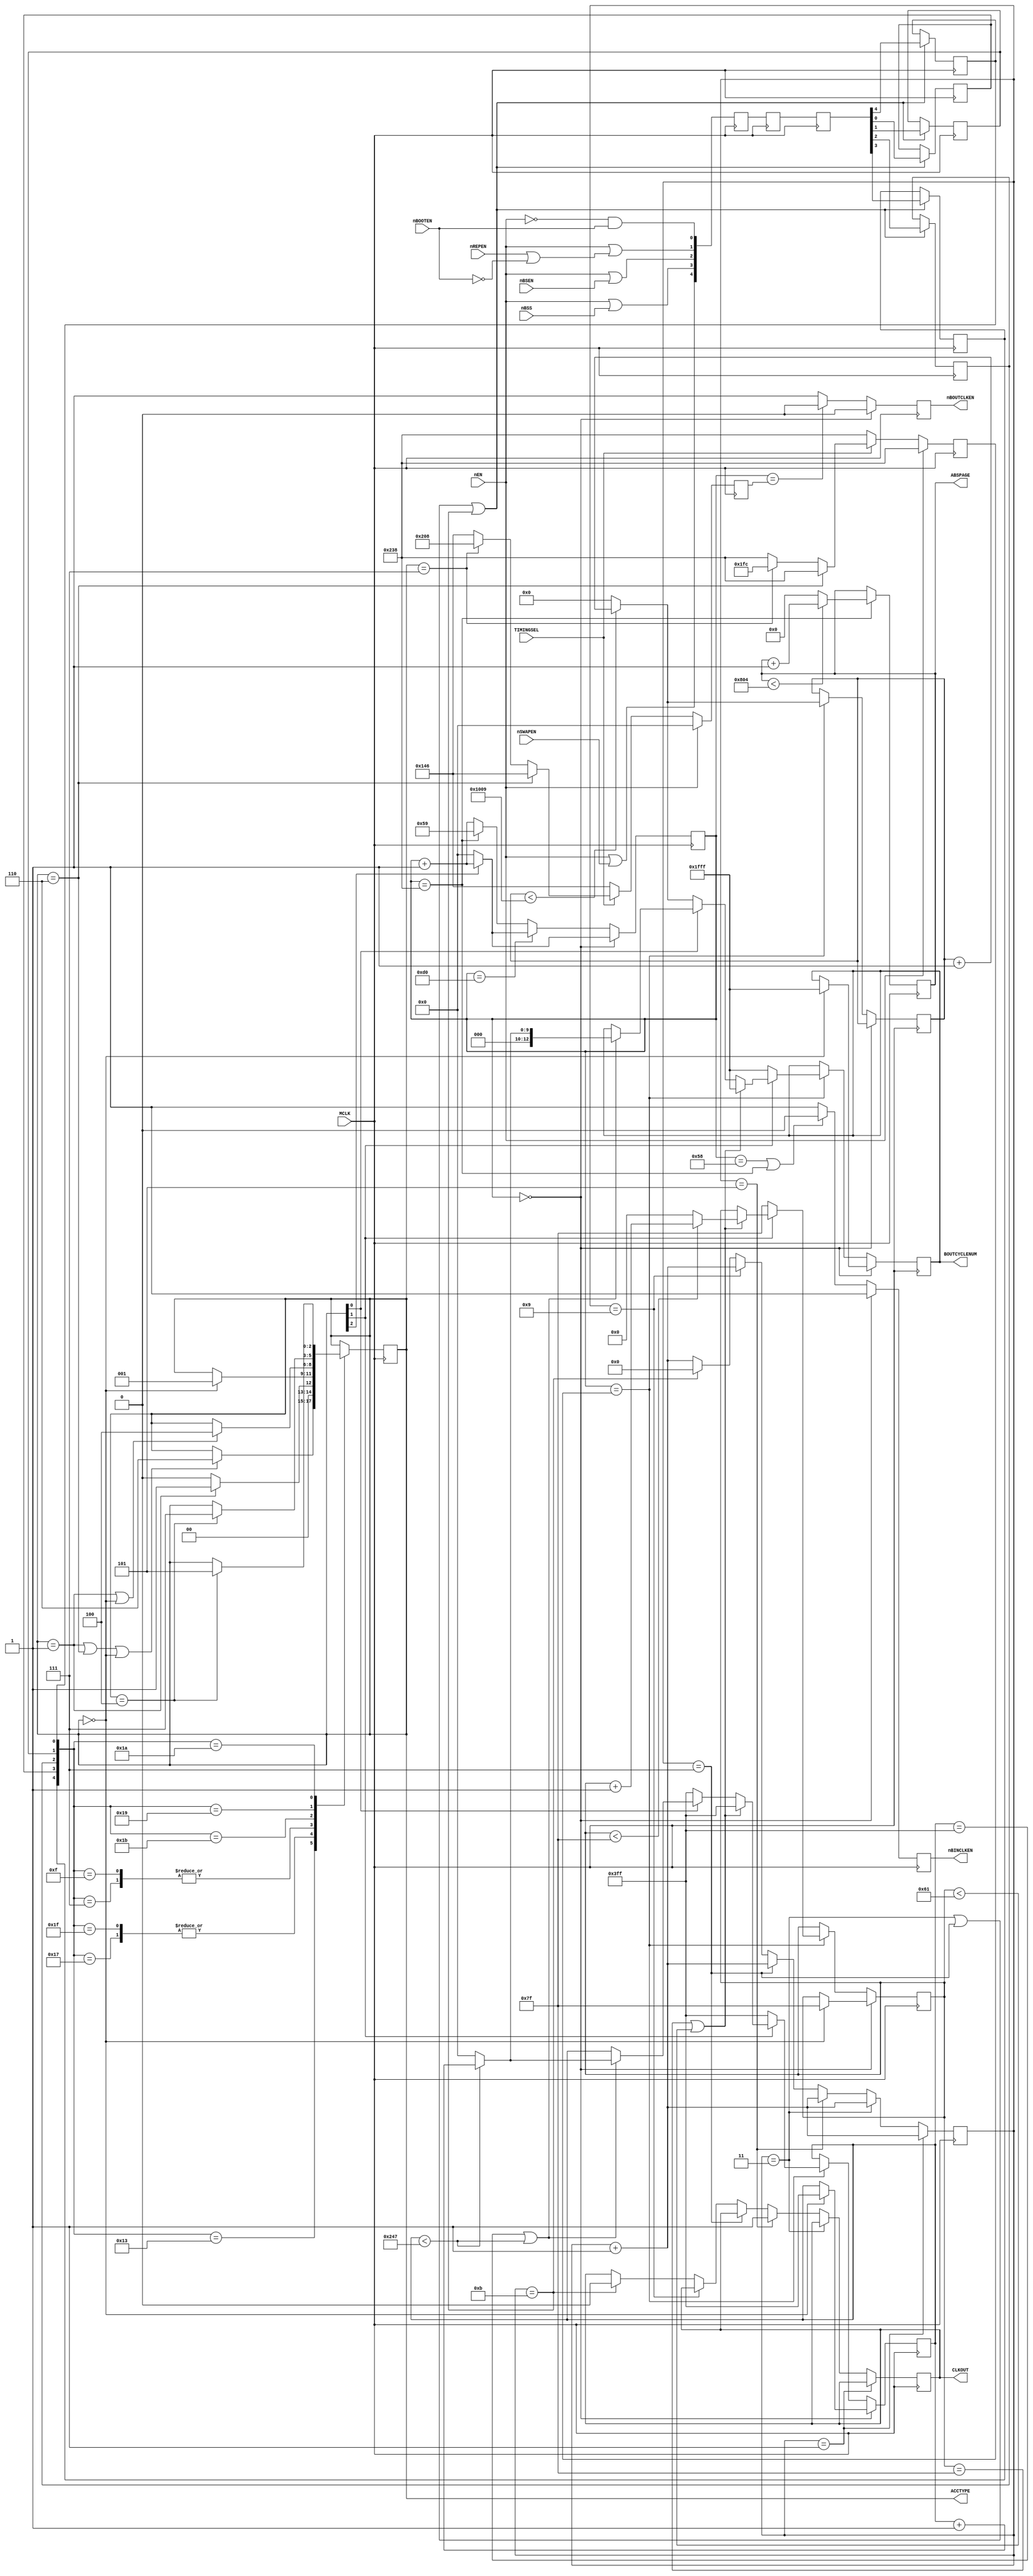
/*
    Copyright (C) 2022 Sehyeon Kim(Raki)
    
    This program is free software; you can redistribute it and/or
    modify it under the terms of the GNU General Public License
    as published by the Free Software Foundation; either version 2
    of the License, or any later version.
    
    This program is distributed in the hope that it will be useful,
    but WITHOUT ANY WARRANTY; without even the implied warranty of
    MERCHANTABILITY or FITNESS FOR A PARTICULAR PURPOSE. See the
    GNU General Public License for more details.
    
    You should have received a copy of the GNU General Public License
    along with this program; if not, write to the Free Software
    Foundation, Inc., 51 Franklin Street, Fifth Floor, Boston, MA 02110-1301, USA.
*/

module TimingGenerator
/*
    BubbleDrive8_emucore > modules > TimingGenerator.v

    Copyright (C) 2020-2021, Raki

    TimingGenerator provides all timing signals related to 
    the bubble memory side. This module uses 48MHz as master clock, 
    x4 of the original function timing generator(FTG) MB14506.
    Thereby BubbleDrive8 can manage all bubble logic without using 
    a PLL block. 


    * more details of signals below can be found on bubsys85.net *

    CLKOUT: 
        4MHz clock for the bubble memory controller: maybe an MCU uses this
    nBSS: Bubble Shift Start
        a pulse to notify a start of access cycle
    nBSEN: Bubble Shift ENable
        magnetic field rotates when this signal goes low
    nREPEN: REPlicator ENable
        FTG use this signal to replicate a bubble 
    nBOOTEN: BOOTloop ENable
        controller can access two bootloops by driving this signal low
    nSWAPEN: SWAP gate ENable
        FTG use this signal to write a page to a bubble memory

    nEN: module enable signal
    ACCTYPE: bubble access mode type
    BOUTCYCLENUM: bubble output cycle number: counts serial bits
    nBINCLKEN: emulator samples bubble data for page write when this goes low
    nBOUTCLKEN: emulator launches bubble data when this goes low
    nNOBUBBLE: emulator launches 1(no bubble)

    ABSPAGE: bubble memory's absolute position number


    * For my convenience, many comments are written in Korean *
*/

(
    //48MHz input clock
    input   wire            MCLK,   

    //4MHz output clock
    output  reg             CLKOUT = 1'b1,

    //Input control
    input   wire            nEN,
    input   wire            TIMINGSEL,

    //Bubble control signal inputs
    input   wire            nBSS,
    input   wire            nBSEN,
    input   wire            nREPEN,
    input   wire            nBOOTEN,
    input   wire            nSWAPEN,
    
    //Emulator signal outputs
    output  wire    [2:0]   ACCTYPE,
    output  reg     [12:0]  BOUTCYCLENUM,
    output  reg             nBINCLKEN = 1'b1,
    output  reg             nBOUTCLKEN = 1'b0,

    output  wire    [11:0]  ABSPAGE
);

localparam      INITIAL_ABS_PAGE = 12'd1968; //0-2052
reg             __REF_nBOUTCLKEN_ORIG = 1'b0;
reg             __REF_CLK12M = 1'b0;


/*
    GLOBAL NET/REGS
*/
reg             nBSS_intl;
reg             nBSEN_intl;
reg             nREPEN_intl;
reg             nBOOTEN_intl;
reg             nSWAPEN_intl;



/*
    CLOCK DIVIDER
*/

/*
                                                         1 1 1 1 1 1 1 1 1 1 2 2 2 2
                                     0 1 2 3 4 5 6 7 8 9 0 1 2 3 4 5 6 7 8 9 0 1 2 3 0 1 2 3 4 ...
                                                                             1   1 
                                     0   1   2   3   4   5   6   7   8   9   0   1   0
    48MHz             |_||_||_||_||_||_||_||_||_||_||_||_||_||_||_||_||_||_||_||_||_||_||_||_||_||_||_||_|
    12MHz             _______||_______||_______||_______||_______||_______||_______||
    4MHz              |_______________________||_______________________||

    BMC signals       |_______________________________________________|
                                           |---------> sampled


    synchronization                                  |---|           |---|
    determine current access state                       |---|           |---|
    MCLK counting                                            |---------------|----------------->

    This block generates 12MHz ref clk, and 4MHz BMC clock. BMC always launches
    its signal at a "falling edge" of 4MHz. I don't know if it's synchronized
    to 4MHz or if they added a simple buffer delay. Anyway, all control signals
    arrives at a negative edge of the departing 4MHz.
    MB14506 starts to rotate magnetic field 23*12Mclk(about 83.33ns*23) later 
    just after nBSEN is sampled.
*/

reg     [4:0]   counter12 = 4'd0;


always @(posedge MCLK)
begin
    if(counter12 == 4'd1)
    begin
        __REF_CLK12M <= 1'b1;
        counter12 <= counter12 + 4'd1;
    end
    else if(counter12 == 4'd3)
    begin
        __REF_CLK12M <= 1'b0;
        counter12 <= counter12 + 4'd1;
    end
    else if(counter12 == 4'd5)
    begin
        __REF_CLK12M <= 1'b1;
        CLKOUT <= 1'b1;
        counter12 <= counter12 + 4'd1;
    end
    else if(counter12 == 4'd7)
    begin
        __REF_CLK12M <= 1'b0;
        counter12 <= counter12 + 4'd1;
    end
    else if(counter12 == 4'd9)
    begin
        __REF_CLK12M <= 1'b1;
        counter12 <= counter12 + 4'd1;
    end
    else if(counter12 == 4'd11)
    begin
        __REF_CLK12M <= 1'b0;
        CLKOUT <= 1'b0;
        counter12 <= 4'd0;
    end
    else
    begin
        counter12 <= counter12 + 4'd1;
    end
end



/*
    BUFFER CHAIN
*/
reg     [4:0]   step1 = 5'b11110;
reg     [4:0]   step2 = 5'b11110;
reg     [4:0]   step3 = 5'b11110;

always @(negedge MCLK)
begin
    step1[4] <= nEN | nSWAPEN;
    step1[3] <= nEN | nBSS;
    step1[2] <= nEN | nBSEN;
    step1[1] <= nEN | (nREPEN | ~nBOOTEN);
    step1[0] <= ~nEN & nBOOTEN;

    step2 <= step1;
    step3 <= step2;
end



/*
    SYNCHRONIZER
*/
always @(posedge MCLK)
begin
    if(counter12 == 4'd3 || counter12 == 4'd7 || counter12 == 4'd11)
    begin
        nSWAPEN_intl    <= step3[4];
        nBSS_intl       <= step3[3];
        nBSEN_intl      <= step3[2]; 
        nREPEN_intl     <= step3[1];
        nBOOTEN_intl    <= step3[0];
    end
end


/*
    ACCESS TYPE STATE MACHINE
*/

/*
    nREPEN            |_||_||_||_||_||_||_||_||_||_|

    nBSS_intl         |_||_||_|
    nBOOTEN_intl      ______________________________________________|
    nBSEN_intl        |____________________________________||__________________________||__________________________|
    nREPEN_intl       |_|
    nSWAPEN_intl      |_|
                              |----(bootloader load out enable)----|             |(page load out enable)|                          |(swap)|
    ----->TIME        A    |B |C                                   |A     |B |E  |D(HOLD)               |A  |B |E                  |F     |A
*/

//[magnetic field activation/data transfer/mode]
localparam RST = 3'b000;    //A
localparam STBY = 3'b001;   //B
localparam BOOT = 3'b110;   //C
localparam USER = 3'b111;   //D
localparam IDLE = 3'b100;   //E
localparam SWAP = 3'b101;   //F

reg     [2:0]   access_type = RST;
assign ACCTYPE = access_type;

always @(posedge MCLK)
begin
    case ({nBSS_intl, nBOOTEN_intl, nBSEN_intl, nREPEN_intl, nSWAPEN_intl})
        5'b10111: //    ,        
        begin
            if(access_type == STBY)
            begin
                access_type <= STBY;
            end
            else
            begin
                access_type <= RST;
            end
        end

        5'b00111: // 
        begin
            if(access_type == RST)
            begin
                access_type <= STBY;
            end
            else
            begin
                access_type <= access_type;
            end
        end

        5'b10011: //  
        begin
            if(access_type == STBY || access_type == BOOT || access_type == RST)
            begin
                access_type <= BOOT;
            end
            else
            begin
                access_type <= access_type;
            end
        end

        5'b11111: //   
        begin
            if(access_type == STBY)
            begin
                access_type <= STBY;
            end
            else
            begin
                access_type <= RST;
            end
        end

        5'b01111: // 
        begin
            if(access_type == RST)
            begin
                access_type <= STBY;
            end
            else
            begin
                access_type <= access_type;
            end
        end

        5'b11011: // seek,    (   )
        begin
            if(access_type == STBY || access_type == RST)
            begin
                access_type <= IDLE;
            end
            else
            begin
                access_type <= access_type;
            end
        end

        5'b11001: //   
        begin
            if(access_type == IDLE)
            begin
                access_type <= USER;
            end
            else
            begin
                access_type <= access_type;
            end
        end

        5'b11010: //   
        begin
            if(access_type == IDLE)
            begin
                access_type <= SWAP;
            end
            else
            begin
                access_type <= access_type;
            end
        end

        default:
        begin
            access_type <= access_type;
        end
    endcase
end



/*
    BUBBLE CYCLE STATE MACHINE
*/

/*
        +Y 568
-X 208           +X 448
        -Y 328
*/

//12MHz 1 bubble cycle = 120clks
//48MHz 1 bubble cycle = 480clks
//12MHz 1.5   ,  BMC 38ns   1  
//1.5   22   -X  

reg     [9:0]   MCLK_counter = 10'd0; //    1  0!!

//master clock counters
always @(posedge MCLK)
begin
    //
    if(MCLK_counter == 10'd0)
    begin
        if(access_type[2] == 1'b0)
        begin
            MCLK_counter <= 10'd0;
        end
        else
        begin
            MCLK_counter <= MCLK_counter + 10'd1;
        end
    end

    //53 pos half disk -X 
    else if(MCLK_counter == 10'd208)
    begin
        if(access_type[2] == 1'b0) //-X  
        begin
            MCLK_counter <= 10'd0; // 
        end
        else
        begin
            MCLK_counter <= MCLK_counter + 10'd1;
        end
    end

    //143 pos half disk +Y 
    else if(MCLK_counter == 10'd568) 
    begin
       MCLK_counter <= 10'd89; 
    end

    else
    begin
        MCLK_counter <= MCLK_counter + 10'd1;
    end
end

/*

    //////////////////////////////////////////////////////
    ////    INTERNAL ORGANIZATION OF FBM54DB


        -1
    ----O---- DETECTOR 1
     \  |0 /   <------------ bubble output signal latched here(magnetic field -Y) by MB3908 sense amplifier; stretcher patterns exist here
      --O--   DETECTOR 0
        |                                                                                propagation direction
        |1    2         95    96    97    98    99    100   101               680   681
        O-----O   ...   O-----O-----O-----O-----O-----O-----O--             --O-----O
                                                                               
                            __^__ __^__ __^__ __^__ __^__ __^__             __^__ __^__  <-- "block" replicators; replicators for two bootloops
                           |   | |   | |   | |   | |   | |   |             |   | |   |       can be operated independantly from page replicators
                            |   | |   | |   | |   | |   | |   |             |   | |   | 
                           | L | | L | | L | | L | | L | | L |             | L | | L | 
                            | O | | O | | O | | O | | O | | O |             | O | | O | 
                          | O | | O | | O | | O | | O | | O |    .....    | O | | O |  <-- each loop can hold 2053 magnetic bubbles
                          | P | | P | | P | | P | | P | | P |             | P | | P | 
        EXTERNAL         |B 0| |B 1| |  0| |  1| |  2| |  3|             |582| |583| 
        | MAGNETIC          |   | |   | |   | |   | |   | |   |             |   | |   | 
          FIELD             ~   ~ ~   ~ ~   ~ ~   ~ ~   ~ ~   ~             ~   ~ ~O N~ 
                            |   | |   | |   | |   | |   | |   |             |   | |L E| 
                            |   | |   | |   | |   | |   | |   |             |   | |D W| 
                            ^ ^ ^ ^ ^ ^             ^ ^  <-- swap gate swaps an old bubble with a new bubble at the same time: -Y
                             / \   / \   / \   / \   / \   / \               / \   / \                    2     1
            O-- .... ---O---/-O-\-/-O-\-/-O-\-/-O-\-/-O-\-/-O-\-            /-O-\-/-O-\---O-----O   ...   O-----O
            |                 626   625   624   623   622   621               42    41    40    39              |
             discarded                                                                              __________^_0________
                                                                                 -Y position          | G E N E R A T O R | <-- generates a bubble at +Y

    SEE JAPANESE PATENT:
    JPA 1992074376-000000 /  4-74376  ;contains replicator/swap gate diagram
    JPA 1989220199-000000 /  1-220199 ;explains bubble write procedure

    !!!! IMPORTANT NOTE !!!!
    Note that FBM54DB is organized with EVEN HALF and ODD HALF. The EVEN HALF
    has 1 even bootloop + 292 even minor loops and the ODD HALF has the same
    but they are odd numbered loops. Due to the physical width of minor loop,
    there is one position between a position and a position on read/write
    track. That is, there is one bubble for every two positions, like a diagram
    below:

            P   P   P   P   P   P   P   P
    ODD     O---*---O---*---O---*---O---*
            bubble  bubble  bubble  bubble

            P   P   P   P   P   P   P   P
    EVEN    *---O---*---O---*---O---*---O
                bubble  bubble  bubble  bubble

    Bubble moves one position every 10us, so in this case, 1 bit of data is
    transferred every 20us. Developers wanted to speed things up. So, they
    made another half that can be "interleaved". FBM54DB has two detectors
    and two MB3908 sense amplifiers. Each SA launches data 50kbps anyway 
    but its open collector(negative logic) outputs are interleaved outside,
    therefore the user can get 100kbps data. The BMC inverts negative logic
    data internally.

    I merged the EVEN HALF and the ODD HALF in the diagaram above, for my
    convenience. Therefore the diagram that represents the real organization
    will be like this:

    ODD HALF :

        -1
    ----O---- DETECTOR 1
     \  |0 /
      --O--   DETECTOR 0
        |                                                                                propagation direction
        |1    2         95    96    97    98    99    100   101               680   681
        O-----O   ...   O-----O-----O-----O-----O-----O-----O--             --O-----O
                                                                                   
                                  __^__       __^__       __^__                   __^__
                                  |   |       |   |       |   |                   |   |
                                  |   |       |   |       |   |                   |   | 
                                  | L |       | L |       | L |                   | L | 
                                  | O |       | O |       | O |                   | O | 
                                 | O |       | O |       | O |    .....          | O |
                                | P |       | P |       | P |                   | P | 
        EXTERNAL                |B 1|       |  1|       |  3|                   |583| 
        | MAGNETIC                |   |       |   |       |   |                   |   | 
          FIELD                   ~   ~       ~   ~       ~   ~                   ~O N~ 
                                  |   |       |   |       |   |                   |L E| 
                                  |   |       |   |       |   |                   |D W| 
                                  ^       ^       ^                   ^ 
                                   / \         / \         / \                     / \                    2     1
            O-- .... ---O-----O---/-O-\---O---/-O-\---O---/-O-\-            --O---/-O-\---O-----O   ...   O-----O
            |                 626   625   624   623   622   621               42    41    40    39              |
             discarded                                                                              __________^_0________
                                                                                  -Y position         | G E N E R A T O R |

    EVEN HALF :

        -1
    ----O---- DETECTOR 1
     \  |0 /
      --O--   DETECTOR 0
        |                                                                                propagation direction
        |1    2         95    96    97    98    99    100   101               680   681
        O-----O   ...   O-----O-----O-----O-----O-----O-----O--             --O-----O
                                                                             
                            __^__       __^__       __^__                   __^__
                            |   |       |   |       |   |                   |   |
                            |   |       |   |       |   |                   |   |
                            | L |       | L |       | L |                   | L |
                            | O |       | O |       | O |                   | O |
                           | O |       | O |       | O |          .....    | O |
                          | P |       | P |       | P |                   | P | 
        EXTERNAL          |B 0|       |  0|       |  2|                   |582|
        | MAGNETIC          |   |       |   |       |   |                   |   |
          FIELD             ~   ~       ~   ~       ~   ~                   ~   ~
                            |   |       |   |       |   |                   |   |
                            |   |       |   |       |   |                   |   |
                            ^       ^       ^                   ^
                             / \         / \         / \                     / \                          2     1
            O-- .... ---O---/-O-\---O---/-O-\---O---/-O-\---O---          --/-O-\---O-----O-----O   ...   O-----O
            |                 626   625   624   623   622   621               42    41    40    39              |
             discarded                                                                             __________^_0________
                                                                                 -Y position         | G E N E R A T O R |


    //////////////////////////////////////////////////////
    ////    EXACT MINOR LOOP POSITION OF FBM54DB

    A good minor loop in FBM54DB can hold 2053 magnetic bubbles. This means
    that the total count of positions is 2053. Early bubble memories had put 
    a bubble every two positions to prevent bubble-bubble interaction, but
    FBM54DB doesn't require such action. In the diagram, it appears to be 
    the swap gate and the replicator exist in symmetrical positions, 
    but actually, it's not. 

                        1   0   2052
                ____  __O___O___O__
                |  |  |           |
                |  |  |           O 2051
                |  |  |           |
                |  |  |           O 2050
                |  |  |           |
                |  |  |           O 2049
                |  |  |           |
                |             O 2048
    same loops  ~~   partially   ~~~
    continue    ~~   magnified   ~~~
                |  ____           O 1541
                |  |  |           | 
          912+0 O  |  O           O 1540
                |  |  |    LOOP   | 
             +1 O  |  O    #584   O 1539    
                |  |  |           | 
             +2 O  |  O           O 1538
                |  |  |    +624   | 
                  OOO 
                    +623 /     \ +625
                  42    /   41  \     40        39
                --O--------O--------O---------O
                    bubble    bubble   
                    goes OUT  goes IN 
                    on this   on this  
                    position  position 
                    at -Y     at -Y

    To increase loop capacity and density of each half, Fujitsu lengthened
    minor loops about twice. I assume they are shaped like "H".

    Replicator is on absolute position 0
    Swap gate is on absolute position 1536
*/

/*
    ABSOLUTE POSITION COUNTER
*/

reg     [11:0]  absolute_page_number = INITIAL_ABS_PAGE;
assign  ABSPAGE = absolute_page_number;

always @(posedge MCLK)
begin
    //143 pos half disk +Y 
    if(MCLK_counter == 10'd568) 
    begin
        if(absolute_page_number < 12'd2052)
        begin
            absolute_page_number <= absolute_page_number + 12'd1;
        end
        else
        begin
            absolute_page_number <= 12'd0;
        end
    end
    //+Y   
    else
    begin
        absolute_page_number <= absolute_page_number;
    end
end




/*
    TIMING CONSTANTS
*/

/*
        +Y 568
-X 208           +X 448
        -Y 328
*/

/*
    An MB3908 has two DFF with /Q OC output, and triggered on every positive
    edge of BOUTCLK from MB14506 timing generator. For example, the waveform
    below is showing a transfer of "6C 36 B1" 

                0us     0       0       0       0       0       0       0       0       0       0       0
    BOUTCLK     ||_____||_____||_____||_____||_____||_____||_____||_____||_____||_____||_____||_____
    D1          |_______________||_______||_______________________|
    D0          ________||_______||_______________||_______||_______
    bootloop          ^       ^       ^       ^       ^       ^       ^       ^       ^       ^       ^       ^
                   +7~8us
    user page     ^       ^       ^       ^       ^       ^       ^       ^       ^       ^       ^       ^     
               +0~1us

    Konami's BMC has different sampling timings for bootloop and user page, 
    respectively. I don't know how the unknown MCU inside the BMC 
    samples(or latches) data. I assume that MCU gets data from memory-mapped
    register once per bit, but there are several possibilities that the MCU
    gets several times, triggers flip-flops to sample data, or enables a kind
    of transparent latch for quite a long time.

    My friend Maki sent me a Bubble System PCB which has a deteriorated LS244.
    Total three LS244 are used as bubble memory control signal buffers, and 
    its propagation delay is often prolonged due to aging or the output 
    goes weak. Finally, it often became insufficient to drive a fairly long
    transmission line.

    Anyway, to prevent this missampling, bubble data should be launched 0-1us
    earlier when reading the bootloop, and 5-6us earlier when reading user
    pages.
*/

reg     [9:0]   OUTBUFFER_CLKEN_TIMING = 10'd0;
reg     [9:0]   CYCLECOUNTER_TIMING = 10'd568;

always @(posedge MCLK)
begin
    if(nEN == 1'b1)
    begin
        OUTBUFFER_CLKEN_TIMING <= 10'd0;
        CYCLECOUNTER_TIMING <= 10'd568;
    end
    else
    begin
        if(TIMINGSEL == 1'b0)
        begin
            OUTBUFFER_CLKEN_TIMING <= 10'd328 - 10'd2; //  - 20ns
            CYCLECOUNTER_TIMING <= 10'd568; // 
        end
        else
        begin
            if(access_type == BOOT)
            begin
                OUTBUFFER_CLKEN_TIMING <= 10'd328 - 10'd2; //  - 20ns
                CYCLECOUNTER_TIMING <= 10'd568; // 
            end
            else if(access_type == USER)
            begin
                OUTBUFFER_CLKEN_TIMING <= 10'd568 - 10'd48; //  - 6us
                CYCLECOUNTER_TIMING <= 10'd568 - 10'd60;  //  2.5us  
            end
            else
            begin
                OUTBUFFER_CLKEN_TIMING <= 10'd328 - 10'd2; //  - 20ns
                CYCLECOUNTER_TIMING <= 10'd568; // 
            end
        end
    end
end



/*
    CYCLE COUNTER
*/

reg     [6:0]   bout_propagation_delay_counter = 7'd127; //98
reg     [9:0]   bout_page_cycle_counter = 10'd1023; //584
reg     [12:0]  bout_bootloop_cycle_counter = {1'b0, INITIAL_ABS_PAGE}; //4106

//assign BOUTCYCLENUM = bout_page_cycle_counter[14:2];

always @(posedge MCLK)
begin
    //
    if(MCLK_counter == 10'd0)
    begin
        if(access_type == RST) // 
        begin
            BOUTCYCLENUM <= 13'd8191;

            bout_propagation_delay_counter <= 7'd127;

            bout_page_cycle_counter <= 10'd1023;

            bout_bootloop_cycle_counter <= bout_bootloop_cycle_counter;
        end
        else //    
        begin
            BOUTCYCLENUM <= BOUTCYCLENUM;

            bout_propagation_delay_counter <= bout_propagation_delay_counter;

            bout_page_cycle_counter <= bout_page_cycle_counter;

            bout_bootloop_cycle_counter <= bout_bootloop_cycle_counter;
        end
    end

    //+Y  
    else if(MCLK_counter == CYCLECOUNTER_TIMING) //magnetic field rotation activated
    begin
        if(access_type[1] == 1'b0) //IDLE  SWAP:    
        begin
            //empty propagation line
            BOUTCYCLENUM <= 13'd8191;

            //reset state
            bout_propagation_delay_counter <= 7'd127;

            //reset state
            bout_page_cycle_counter <= 10'd1023;

            //count up
            if(bout_bootloop_cycle_counter < 13'd4105)
            begin
                bout_bootloop_cycle_counter <= bout_bootloop_cycle_counter + 13'd1; //bootloop cycle counter  
            end
            else
            begin
                bout_bootloop_cycle_counter <= 13'd0;
            end
        end

        else //BOOT  USER
        begin
            if(bout_propagation_delay_counter == 7'd127 || bout_propagation_delay_counter < 7'd97) //( 2 )    98 
            begin
                //empty propagation line
                BOUTCYCLENUM <= 13'd8191;

                //count up
                if(bout_propagation_delay_counter < 7'd127)
                begin
                    bout_propagation_delay_counter <= bout_propagation_delay_counter + 7'd1;
                end
                else
                begin
                    bout_propagation_delay_counter <= 7'd0;
                end

                //reset state
                bout_page_cycle_counter <= 10'd1023;

                //count up
                if(bout_bootloop_cycle_counter < 13'd4105)
                begin
                    bout_bootloop_cycle_counter <= bout_bootloop_cycle_counter + 13'd1; //bootloop cycle counter  
                end
                else
                begin
                    bout_bootloop_cycle_counter <= 13'd0;
                end
            end

            else //98  
            begin
                if(access_type[0] == 1'b0) //BOOT ,
                begin
                    //hold
                    bout_propagation_delay_counter <= bout_propagation_delay_counter;

                    //reset state
                    bout_page_cycle_counter <= 10'd1023;

                    //count up
                    if(bout_bootloop_cycle_counter < 13'd4105)
                    begin
                        bout_bootloop_cycle_counter <= bout_bootloop_cycle_counter + 13'd1; //bootloop cycle counter  
                        BOUTCYCLENUM <= bout_bootloop_cycle_counter + 13'd1;
                    end
                    else
                    begin
                        bout_bootloop_cycle_counter <= 13'd0;
                        BOUTCYCLENUM <= 13'd0;
                    end
                end
                else //USER 
                begin
                    if(bout_page_cycle_counter == 10'd1023 || bout_page_cycle_counter < 10'd583) // 584-1 
                    begin
                        //hold
                        bout_propagation_delay_counter <= bout_propagation_delay_counter;

                        //count up
                        if(bout_page_cycle_counter < 10'd583)
                        begin
                            bout_page_cycle_counter <= bout_page_cycle_counter + 10'd1;
                            BOUTCYCLENUM <= {3'b000, (bout_page_cycle_counter + 10'd1)};
                        end
                        else
                        begin
                            bout_page_cycle_counter <= 10'd0;
                            BOUTCYCLENUM <= 13'd0;
                        end

                        //count up
                        if(bout_bootloop_cycle_counter < 13'd4105)
                        begin
                            bout_bootloop_cycle_counter <= bout_bootloop_cycle_counter + 13'd1; //bootloop cycle counter  
                        end
                        else
                        begin
                            bout_bootloop_cycle_counter <= 13'd0;
                        end
                    end
                    else
                    begin
                        //hold
                        bout_propagation_delay_counter <= bout_propagation_delay_counter;

                        //hold
                        bout_page_cycle_counter <= bout_page_cycle_counter;

                        //count up
                        if(bout_bootloop_cycle_counter < 13'd4105)
                        begin
                            bout_bootloop_cycle_counter <= bout_bootloop_cycle_counter + 13'd1; //bootloop cycle counter  
                        end
                        else
                        begin
                            bout_bootloop_cycle_counter <= 13'd0;
                        end
                    end
                end
            end
        end
    end
end

//bubble output clock enable generator
always @(posedge MCLK)
begin
    //
    if(MCLK_counter == 10'd0)
    begin
        nBOUTCLKEN <= 1'b0;
    end
    // -Y 
    else if(MCLK_counter == OUTBUFFER_CLKEN_TIMING) //propagation delay   15ns  ;    LS244 
    begin
        nBOUTCLKEN <= 1'b0;
    end
    else
    begin
        nBOUTCLKEN <= 1'b1;
    end
end

//bubble output clock enable generator(for reference)
always @(posedge MCLK)
begin
    //
    if(MCLK_counter == 10'd0)
    begin
        __REF_nBOUTCLKEN_ORIG <= 1'b1;
    end
    // -Y 
    else if(MCLK_counter == 10'd328) //propagation delay   15ns  ;    LS244 
    begin
        __REF_nBOUTCLKEN_ORIG <= 1'b0;
    end
    else
    begin
        __REF_nBOUTCLKEN_ORIG <= 1'b1;
    end
end

//bubble input enable generator
always @(posedge MCLK)
begin
    //
    if(MCLK_counter == 10'd0)
    begin
        nBINCLKEN <= 1'b1;
    end
    // , +Y  
    else if(MCLK_counter == 10'd88 || MCLK_counter == 10'd568) 
    begin
        nBINCLKEN <= 1'b0;   
    end
    else
    begin
        nBINCLKEN <= 1'b1;
    end
end

endmodule